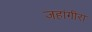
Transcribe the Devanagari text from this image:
जहांगीरा